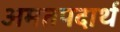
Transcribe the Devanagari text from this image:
अमतपदार्थ